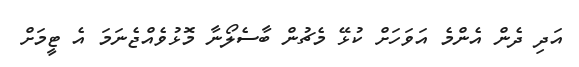
އަދި ދެން އެންމެ އަވަހަށް ކުޅޭ މެޗުން ބާސެލޯނާ މޮޅުވެއްޖެނަމަ އެ ޓީމަށް